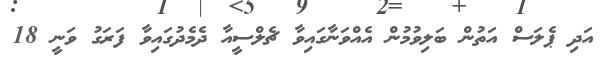
އަދި ޕެލަސް އަތުން ބަލިވުމުން އެއްވަނާގައިވާ ޗެލްސީއާ ދެމެދުގައިވާ ފަރަގު ވަނީ 18